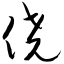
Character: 侥